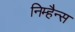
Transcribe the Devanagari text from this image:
निम्हैन्स